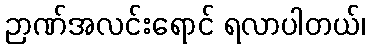
ဉာဏ်အလင်းရောင် ရလာပါတယ်၊